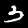
Digit: 3